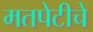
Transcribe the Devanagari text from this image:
मतपेटीचे